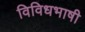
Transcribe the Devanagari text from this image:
विविधभाषी